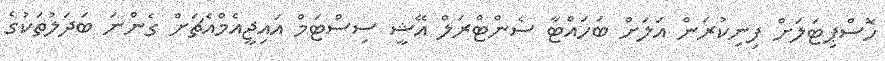
ހޮސްޕިޓަލަށް ފިނިކުރަން އަލަށް ބަހައްޓާ ސެންޓްރަލް އޭޝީ ސިސްޓަމް އައިޖީއެމްއެޗަށް ގެންނަ ބަދަލުތަކުގެ